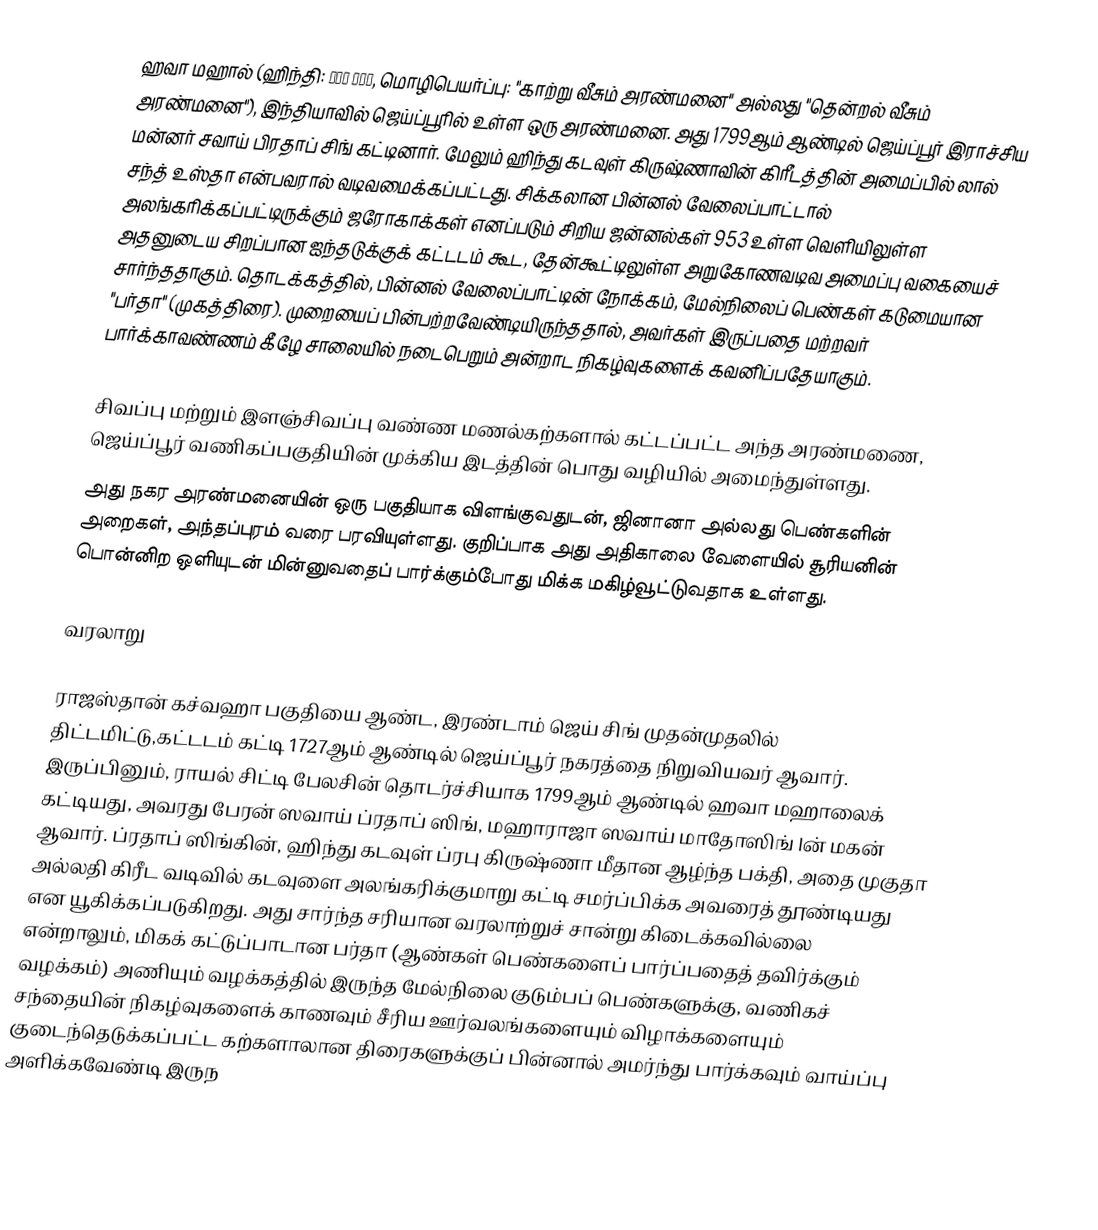
ஹவா மஹால் (ஹிந்தி: हवा महल, மொழிபெயர்ப்பு: "காற்று வீசும் அரண்மனை" அல்லது "தென்றல் வீசும் அரண்மனை"), இந்தியாவில் ஜெய்ப்பூரில் உள்ள ஒரு அரண்மனை. அது 1799ஆம் ஆண்டில்  ஜெய்ப்பூர் இராச்சிய மன்னர் சவாய் பிரதாப் சிங் கட்டினார்.  மேலும் ஹிந்து கடவுள் கிருஷ்ணாவின் கிரீடத்தின் அமைப்பில் லால் சந்த் உஸ்தா என்பவரால் வடிவமைக்கப்பட்டது. சிக்கலான பின்னல் வேலைப்பாட்டால் அலங்கரிக்கப்பட்டிருக்கும் ஜரோகாக்கள் எனப்படும் சிறிய ஜன்னல்கள் 953 உள்ள வெளியிலுள்ள அதனுடைய சிறப்பான ஐந்தடுக்குக் கட்டடம் கூட, தேன்கூட்டிலுள்ள அறுகோணவடிவ அமைப்பு வகையைச் சார்ந்ததாகும். தொடக்கத்தில், பின்னல் வேலைப்பாட்டின் நோக்கம், மேல்நிலைப் பெண்கள் கடுமையான "பர்தா" (முகத்திரை). முறையைப் பின்பற்றவேண்டியிருந்ததால், அவர்கள் இருப்பதை மற்றவர் பார்க்காவண்ணம் கீழே சாலையில் நடைபெறும் அன்றாட நிகழ்வுகளைக் கவனிப்பதேயாகும்.

சிவப்பு மற்றும் இளஞ்சிவப்பு வண்ண மணல்கற்களால் கட்டப்பட்ட அந்த அரண்மணை, ஜெய்ப்பூர் வணிகப்பகுதியின் முக்கிய இடத்தின் பொது வழியில் அமைந்துள்ளது.
அது நகர அரண்மனையின் ஒரு பகுதியாக விளங்குவதுடன், ஜினானா அல்லது பெண்களின் அறைகள், அந்தப்புரம் வரை பரவியுள்ளது. குறிப்பாக அது அதிகாலை வேளையில் சூரியனின் பொன்னிற ஒளியுடன் மின்னுவதைப் பார்க்கும்போது மிக்க மகிழ்வூட்டுவதாக உள்ளது.

வரலாறு

ராஜஸ்தான் கச்வஹா பகுதியை ஆண்ட, இரண்டாம் ஜெய் சிங்  முதன்முதலில் திட்டமிட்டு,கட்டடம் கட்டி 1727ஆம் ஆண்டில் ஜெய்ப்பூர் நகரத்தை நிறுவியவர் ஆவார். இருப்பினும், ராயல் சிட்டி பேலசின் தொடர்ச்சியாக 1799ஆம் ஆண்டில் ஹவா மஹாலைக் கட்டியது, அவரது பேரன் ஸவாய் ப்ரதாப் ஸிங், மஹாராஜா ஸவாய் மாதோஸிங் Iன் மகன் ஆவார். ப்ரதாப் ஸிங்கின், ஹிந்து கடவுள் ப்ரபு கிருஷ்ணா மீதான ஆழ்ந்த பக்தி, அதை முகுதா அல்லதி கிரீட வடிவில் கடவுளை அலங்கரிக்குமாறு கட்டி சமர்ப்பிக்க அவரைத் தூண்டியது என யூகிக்கப்படுகிறது. அது சார்ந்த சரியான வரலாற்றுச் சான்று கிடைக்கவில்லை என்றாலும், மிகக் கட்டுப்பாடான பர்தா (ஆண்கள் பெண்களைப் பார்ப்பதைத் தவிர்க்கும் வழக்கம்) அணியும் வழக்கத்தில் இருந்த மேல்நிலை குடும்பப் பெண்களுக்கு, வணிகச் சந்தையின் நிகழ்வுகளைக் காணவும் சீரிய ஊர்வலங்களையும் விழாக்களையும் குடைந்தெடுக்கப்பட்ட கற்களாலான திரைகளுக்குப் பின்னால் அமர்ந்து பார்க்கவும் வாய்ப்பு அளிக்கவேண்டி இருந